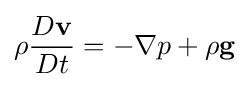
\rho {D\mathbf {v}  \over Dt}=-\nabla p+\rho \mathbf {g}